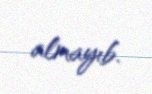
almayıb.